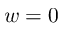
w = 0